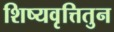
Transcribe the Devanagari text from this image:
शिष्यवृत्तितुन